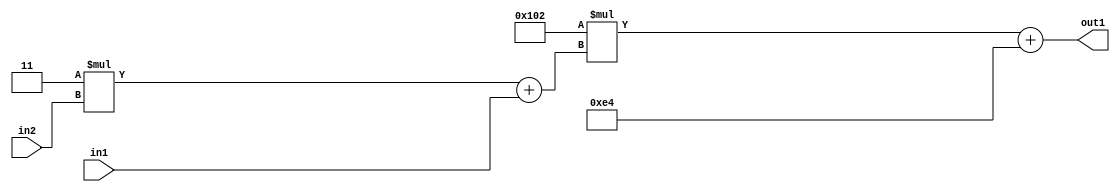
`timescale 1ps / 1ps
/*****************************************************************************
    Verilog RTL Description
    
    
    Created by: Stratus DpOpt 2019.1.01 
*******************************************************************************/

module DC_Filter_Add2i228Mul2i258Add2u1Mul2i3u2_4 (
	in2,
	in1,
	out1
	); /* architecture "behavioural" */ 
input [1:0] in2;
input  in1;
output [11:0] out1;
wire [11:0] asc001;
wire [3:0] asc002;

wire [3:0] asc002_tmp_0;
assign asc002_tmp_0 = 
	+(4'B0011 * in2);
assign asc002 = asc002_tmp_0
	+(in1);

wire [11:0] asc001_tmp_1;
assign asc001_tmp_1 = 
	+(12'B000100000010 * asc002);
assign asc001 = asc001_tmp_1
	+(12'B000011100100);

assign out1 = asc001;
endmodule

/* CADENCE  v7X1SA4= : u9/ySgnWtBlWxVPRXgAZ4Og= ** DO NOT EDIT THIS LINE ******/